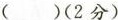
( )(2分)